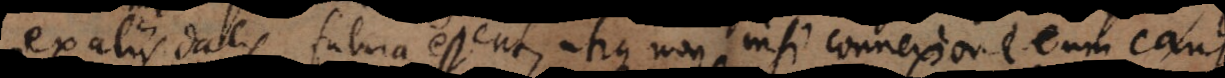
ex aliis datis futura essent, utique non nisi connexione cum cau